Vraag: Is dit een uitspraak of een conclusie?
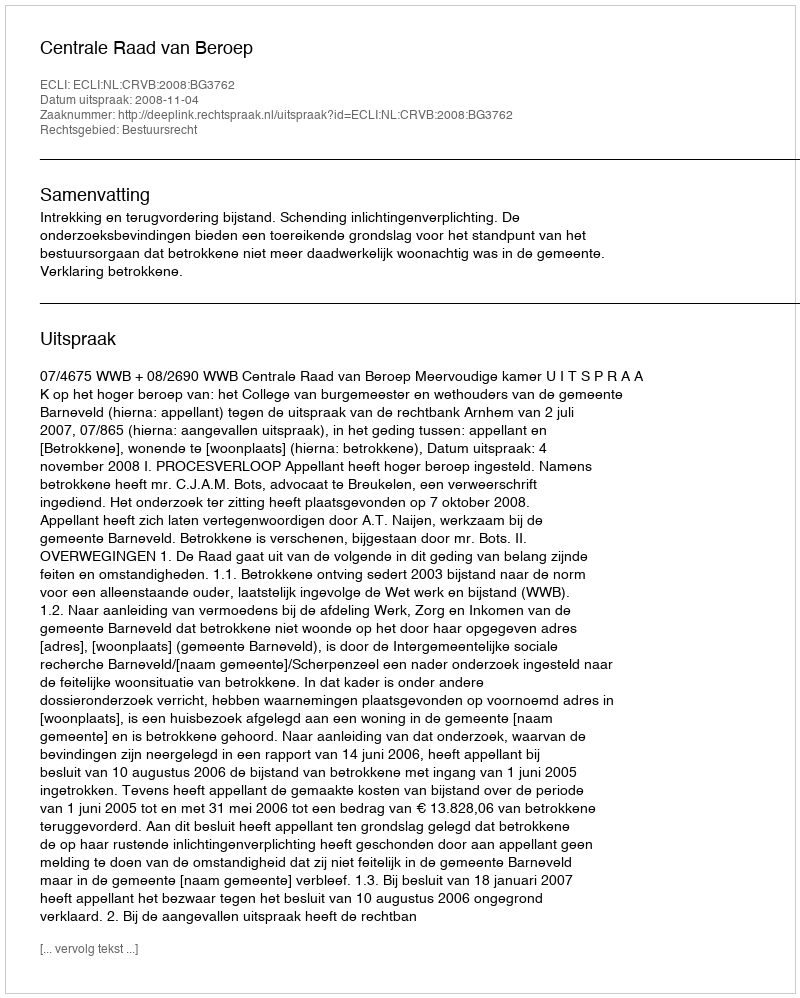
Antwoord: Uitspraak